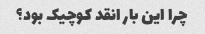
چرا این بار انقد کوچیک بود؟